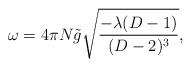
LaTeX: \begin{align*}\omega = 4\pi N {\tilde g} \sqrt{\frac{-\lambda (D-1)}{(D-2)^3}}, \end{align*}